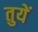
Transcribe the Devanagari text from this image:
तुयें